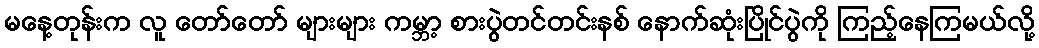
မနေ့တုန်းက လူ တော်တော် များများ ကမ္ဘာ့ စားပွဲတင်တင်းနစ် နောက်ဆုံးပြိုင်ပွဲကို ကြည့်နေကြမယ်လို့